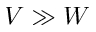
V \gg W